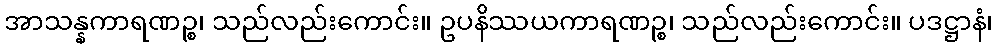
အာသန္နကာရဏဉ္စ၊ သည်လည်းကောင်း။ ဥပနိဿယကာရဏဉ္စ၊ သည်လည်းကောင်း။ ပဒဋ္ဌာနံ၊